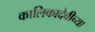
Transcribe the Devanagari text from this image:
कालिकादेवीच्या